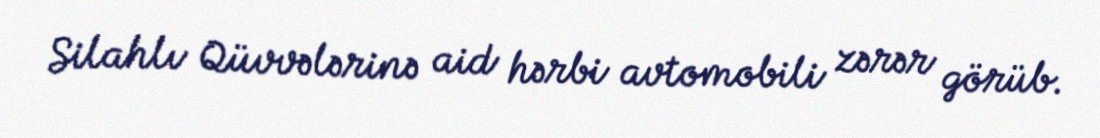
Silahlı Qüvvələrinə aid hərbi avtomobili zərər görüb.